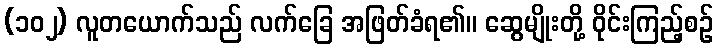
(၁၀၂) လူတယောက်သည် လက်ခြေ အဖြတ်ခံရ၏။ ဆွေမျိုးတို့ ဝိုင်းကြည့်စဉ်